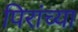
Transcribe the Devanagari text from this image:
पिरांच्या